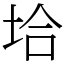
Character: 垥